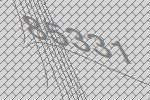
85331